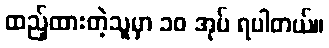
ထည့်ထားတဲ့သူမှာ ၁၀ အုပ် ရပါတယ်။